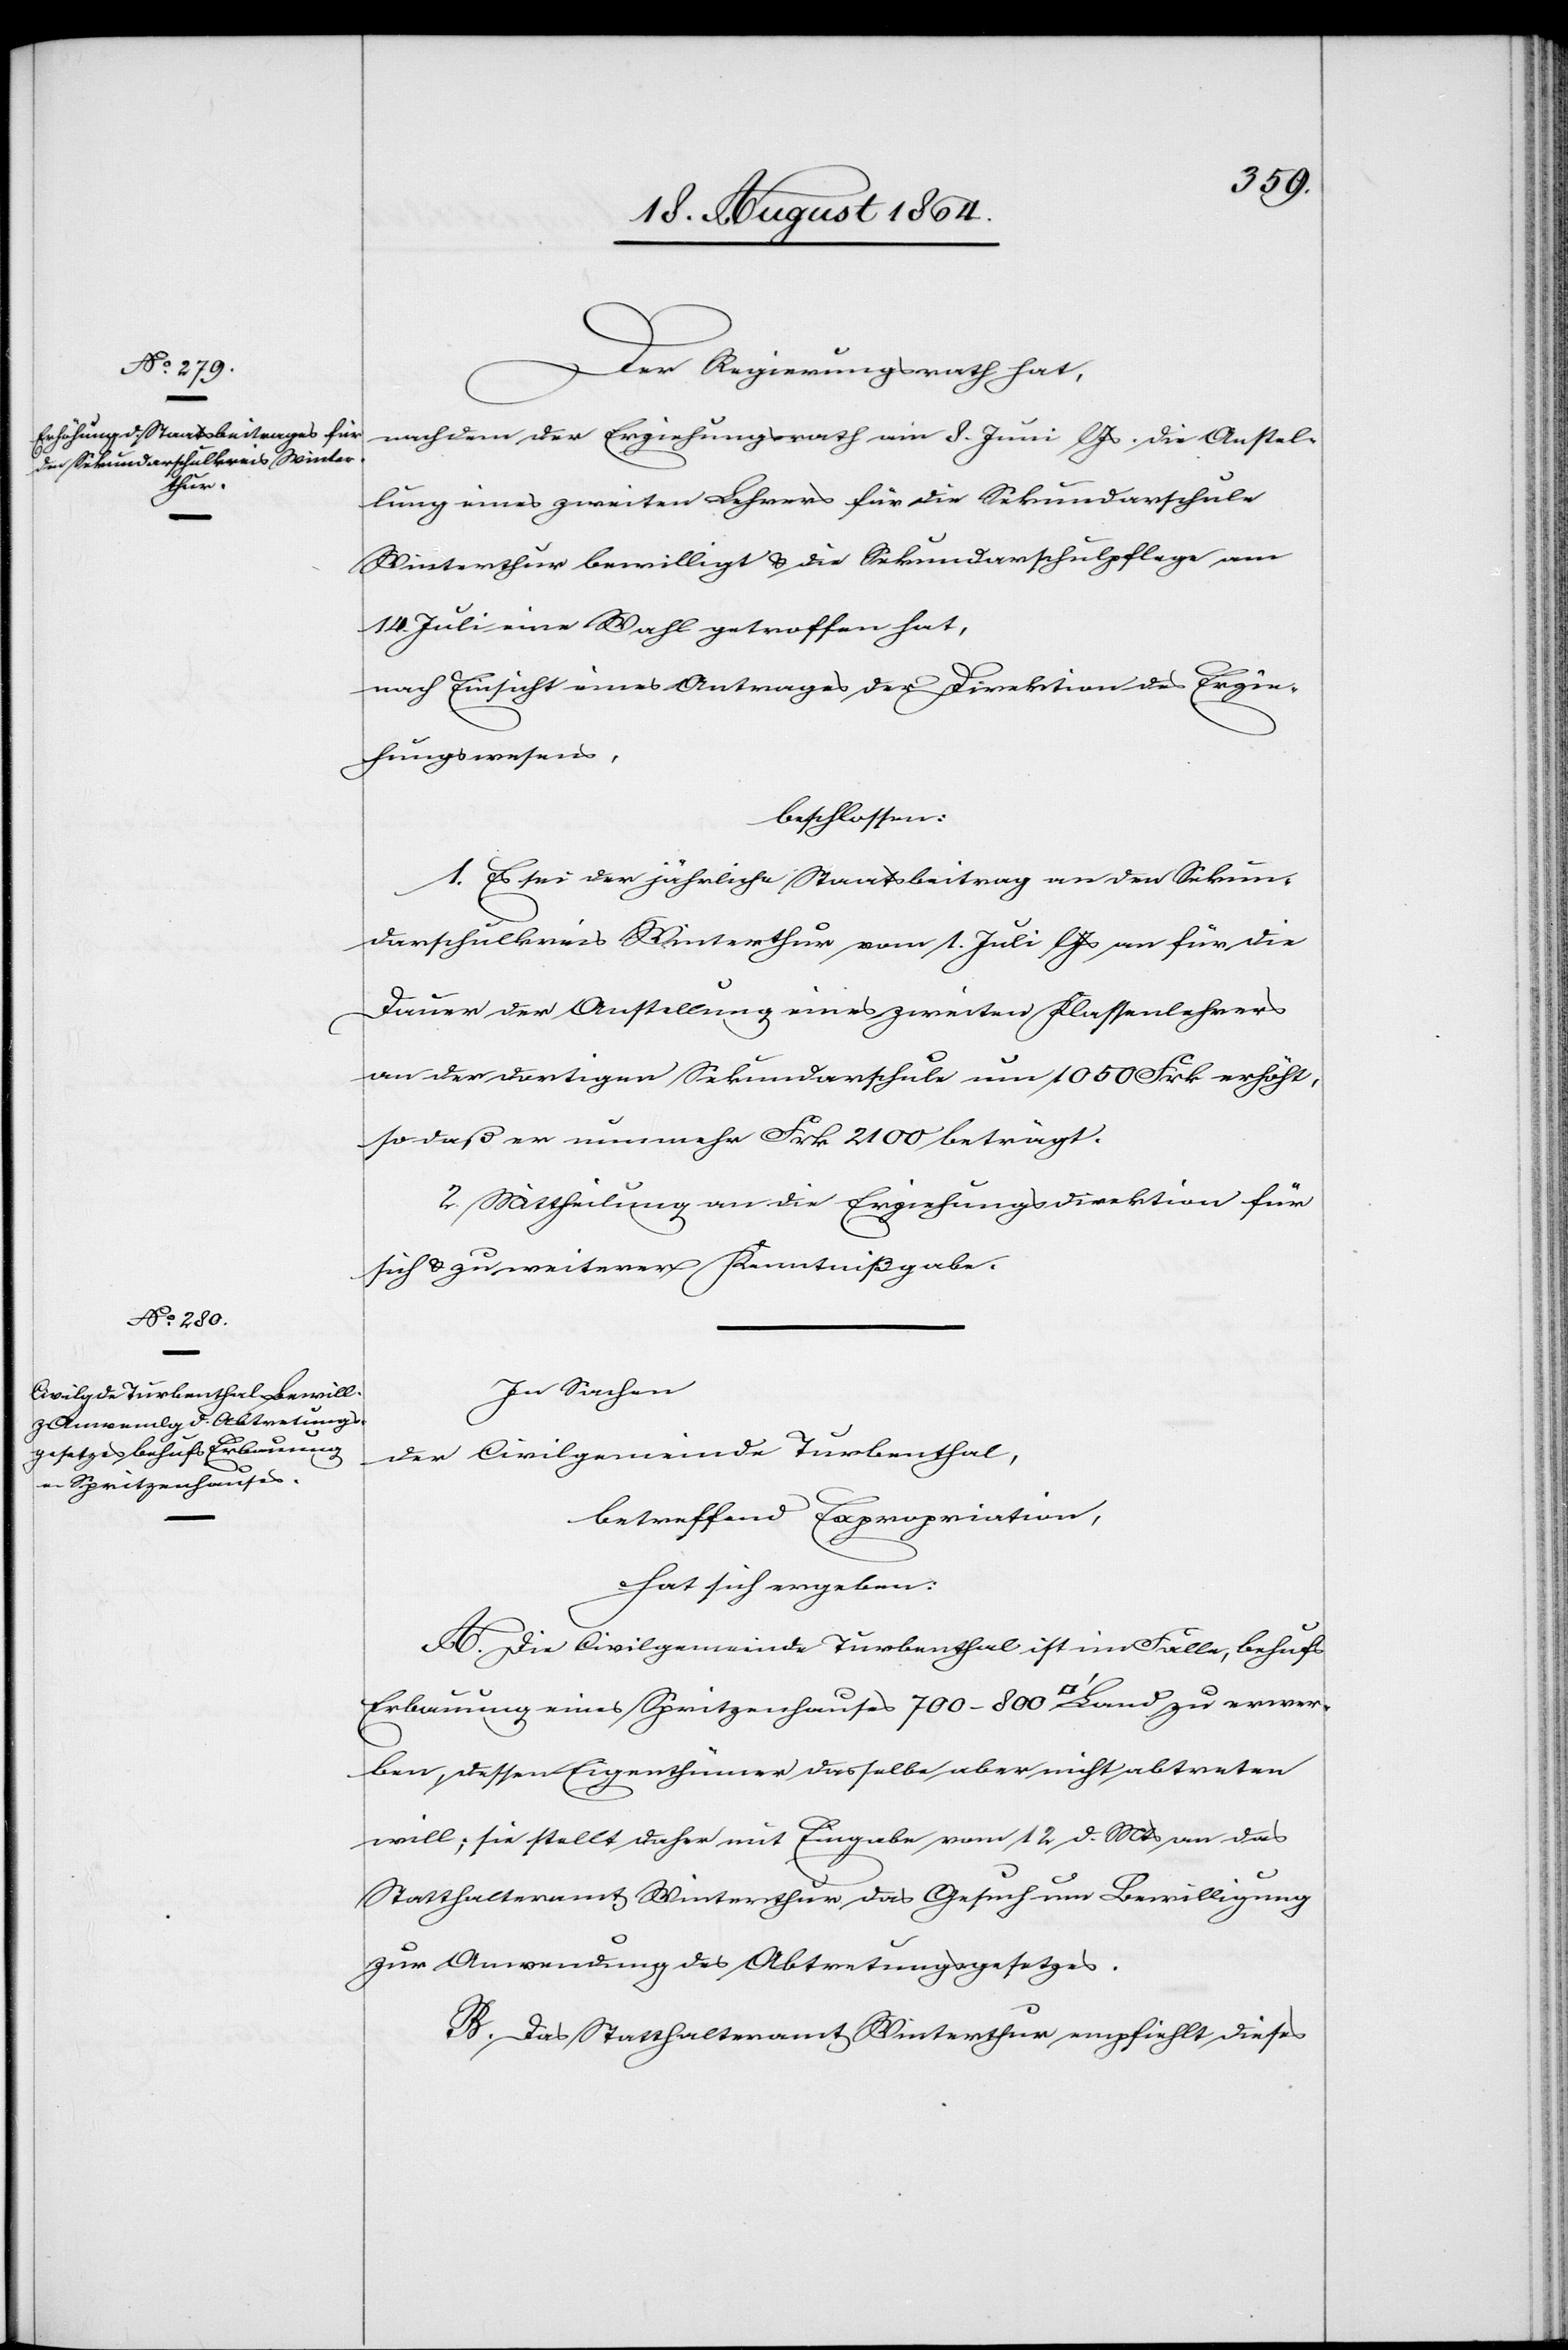
Der Regierungsrath hat,
nachdem der Erziehungsrath am 8. Juni l. Js. die Anstel¬
lung eines zweiten Lehrers für die Sekundarschule
Winterthur bewilligt & die Sekundarschulpflege am
14. Juli eine Wahl getroffen hat,
nach Einsicht eines Antrages der Direktion des Erzie¬
hungswesens,
beschlossen:
1. Es sei der jährliche Staatsbeitrag an den Sekun¬
darschulkreis Winterthur vom 1. Juli l. Js. an für die
Dauer der Anstellung eines zweiten Klassenlehrers
an der dortigen Sekundarschule um 1050 Frk. erhöht,
so daß er nunmehr Frk. 2100 beträgt.
2. Mittheilung an die Erziehungsdirektion für
sich & zu weiterer Kenntnisgabe.
In Sachen
der Civilgemeinde Turbenthal,
betreffend Expropriation
hat sich ergeben:
A. Die Civilgemeinde Turbenthal ist im Falle, behufs
Erbauung eines Spritzenhauses 700–800 [Quadratfuss] Land zu erwer¬
ben, dessen Eigenthümer dasselbe aber nicht abtreten
will; sie stellt daher mit Eingabe vom 12. d. Mts. an das
Statthalteramt Winterthur das Gesuch um Bewilligung
zur Anwendung des Abtretungsgesetzes.
B. Das Statthalteramt Winterthur empfiehlt dieses